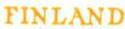
FINLAND